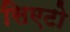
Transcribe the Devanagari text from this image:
सिएटो